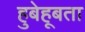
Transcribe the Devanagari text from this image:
हुबेहूबता